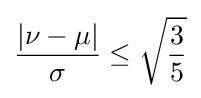
{\frac {|\nu -\mu |}{\sigma }}\leq {\sqrt {\frac {3}{5}}}